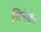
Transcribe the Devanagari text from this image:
सिनेक्षेत्र